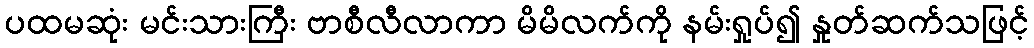
ပထမဆုံး မင်းသားကြီး ဗာစီလီလာကာ မိမိလက်ကို နမ်းရှုပ်၍ နှုတ်ဆက်သဖြင့်